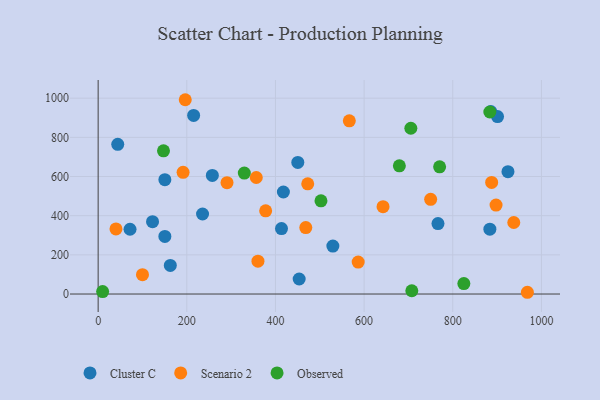
{"axis": {"x": "Distance", "y": "Profit"}, "legend": ["Cluster C", "Observed", "Scenario 2"], "data": [{"x": "235.5", "y": 408.7, "type": "Cluster C"}, {"x": "924.5", "y": 624.5, "type": "Cluster C"}, {"x": "529.5", "y": 245.0, "type": "Cluster C"}, {"x": "885.7", "y": 932.0, "type": "Cluster C"}, {"x": "162.8", "y": 145.9, "type": "Cluster C"}, {"x": "417.9", "y": 521.0, "type": "Cluster C"}, {"x": "122.7", "y": 369.3, "type": "Cluster C"}, {"x": "150.5", "y": 294.0, "type": "Cluster C"}, {"x": "883.7", "y": 331.1, "type": "Cluster C"}, {"x": "150.5", "y": 584.0, "type": "Cluster C"}, {"x": "215.4", "y": 911.7, "type": "Cluster C"}, {"x": "901.0", "y": 906.3, "type": "Cluster C"}, {"x": "257.6", "y": 605.7, "type": "Cluster C"}, {"x": "766.6", "y": 359.8, "type": "Cluster C"}, {"x": "71.9", "y": 330.7, "type": "Cluster C"}, {"x": "413.6", "y": 334.1, "type": "Cluster C"}, {"x": "450.4", "y": 671.7, "type": "Cluster C"}, {"x": "44.2", "y": 764.4, "type": "Cluster C"}, {"x": "453.5", "y": 76.8, "type": "Cluster C"}, {"x": "566.6", "y": 884.4, "type": "Scenario 2"}, {"x": "356.7", "y": 594.9, "type": "Scenario 2"}, {"x": "586.6", "y": 162.9, "type": "Scenario 2"}, {"x": "897.6", "y": 454.4, "type": "Scenario 2"}, {"x": "360.5", "y": 167.7, "type": "Scenario 2"}, {"x": "968.3", "y": 8.9, "type": "Scenario 2"}, {"x": "937.6", "y": 365.2, "type": "Scenario 2"}, {"x": "290.7", "y": 568.4, "type": "Scenario 2"}, {"x": "377.9", "y": 424.8, "type": "Scenario 2"}, {"x": "887.7", "y": 570.0, "type": "Scenario 2"}, {"x": "196.5", "y": 992.1, "type": "Scenario 2"}, {"x": "100.0", "y": 98.7, "type": "Scenario 2"}, {"x": "750.1", "y": 483.7, "type": "Scenario 2"}, {"x": "472.8", "y": 562.6, "type": "Scenario 2"}, {"x": "40.2", "y": 332.3, "type": "Scenario 2"}, {"x": "468.4", "y": 339.5, "type": "Scenario 2"}, {"x": "191.6", "y": 621.3, "type": "Scenario 2"}, {"x": "642.7", "y": 446.0, "type": "Scenario 2"}, {"x": "147.4", "y": 731.0, "type": "Observed"}, {"x": "883.6", "y": 929.5, "type": "Observed"}, {"x": "770.3", "y": 649.5, "type": "Observed"}, {"x": "825.0", "y": 53.3, "type": "Observed"}, {"x": "679.5", "y": 654.4, "type": "Observed"}, {"x": "502.7", "y": 475.7, "type": "Observed"}, {"x": "705.4", "y": 846.5, "type": "Observed"}, {"x": "10.1", "y": 12.7, "type": "Observed"}, {"x": "707.6", "y": 16.7, "type": "Observed"}, {"x": "329.7", "y": 617.6, "type": "Observed"}]}